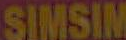
SIMSIM